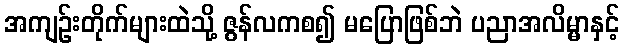
အကျဉ်းတိုက်များထဲသို့ ဇွန်လကစ၍ မပြောဖြစ်ဘဲ ပညာအလိမ္မာနှင့်